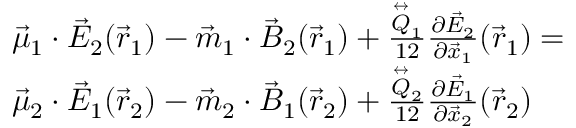
\begin{array} { r l } & { \vec { \mu } _ { 1 } \cdot \vec { E } _ { 2 } ( \vec { r } _ { 1 } ) - \vec { m } _ { 1 } \cdot \vec { B } _ { 2 } ( \vec { r } _ { 1 } ) + \frac { \stackrel { \leftrightarrow } { Q } _ { 1 } } { 1 2 } \frac { \partial \vec { E } _ { 2 } } { \partial \vec { x } _ { 1 } } ( \vec { r } _ { 1 } ) = } \\ & { \vec { \mu } _ { 2 } \cdot \vec { E } _ { 1 } ( \vec { r } _ { 2 } ) - \vec { m } _ { 2 } \cdot \vec { B } _ { 1 } ( \vec { r } _ { 2 } ) + \frac { \stackrel { \leftrightarrow } { Q } _ { 2 } } { 1 2 } \frac { \partial \vec { E } _ { 1 } } { \partial \vec { x } _ { 2 } } ( \vec { r } _ { 2 } ) } \end{array}